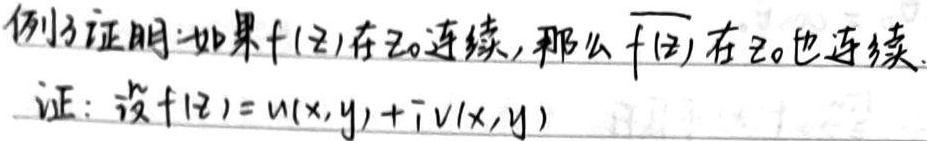
例子证明：如果$f(z)$在$z_0$连续，那么$\overline{f(z)}$在$z_0$也连续。

证：设$f(z)=u(x,y)+iv(x,y)$